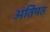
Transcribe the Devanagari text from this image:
अंतिमत